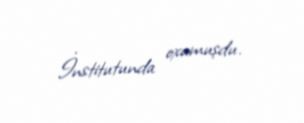
İnstitutunda oxumuşdu.